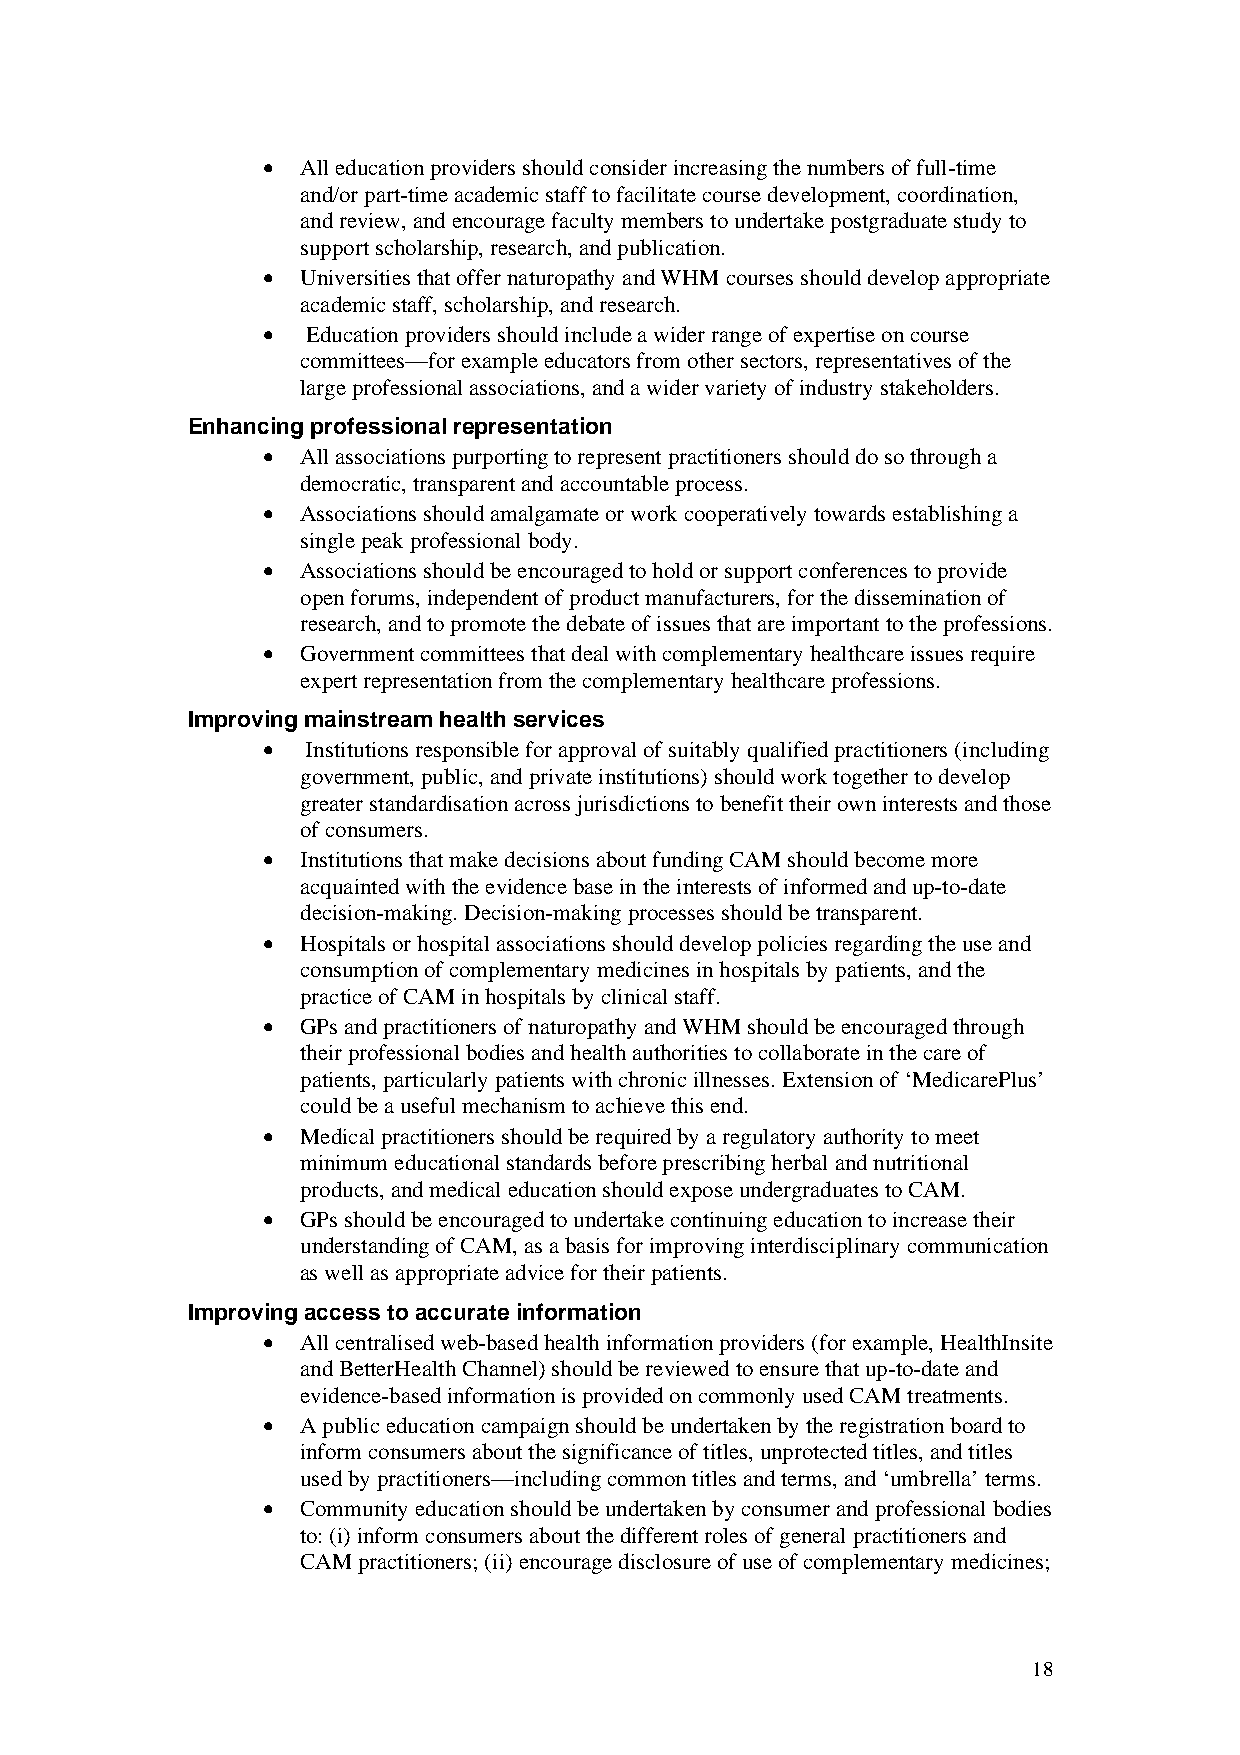
•  All education providers should consider increasing the numbers of full-time
 and/or part-time academic staff to facilitate course development, coordination,
 and review, and encourage faculty members to undertake postgraduate study to
 support scholarship, research, and publication.
 •  Universities that offer naturopathy and WHM courses should develop appropriate
 academic staff, scholarship, and research.
 •  Education providers should include a wider range of expertise on course
 committees—for example educators from other sectors, representatives of the
 large professional associations, and a wider variety of industry stakeholders.
 Enhancing professional representation
 •  All associations purporting to represent practitioners should do so through a
 democratic, transparent and accountable process.
 •  Associations should amalgamate or work cooperatively towards establishing a
 single peak professional body.
 •  Associations should be encouraged to hold or support conferences to provide
 open forums, independent of product manufacturers, for the dissemination of
 research, and to promote the debate of issues that are important to the professions.
 •  Government committees that deal with complementary healthcare issues require
 expert representation from the complementary healthcare professions.
 Improving mainstream health services
 •  Institutions responsible for approval of suitably qualified practitioners (including
 government, public, and private institutions) should work together to develop
 greater standardisation across jurisdictions to benefit their own interests and those
 of consumers.
 •  Institutions that make decisions about funding CAM should become more
 acquainted with the evidence base in the interests of informed and up-to-date
 decision-making. Decision-making processes should be transparent.
 •  Hospitals or hospital associations should develop policies regarding the use and
 consumption of complementary medicines in hospitals by patients, and the
 practice of CAM in hospitals by clinical staff.
 •  GPs and practitioners of naturopathy and WHM should be encouraged through
 their professional bodies and health authorities to collaborate in the care of
 patients, particularly patients with chronic illnesses. Extension of ‘MedicarePlus’
 could be a useful mechanism to achieve this end.
 •  Medical practitioners should be required by a regulatory authority to meet
 minimum educational standards before prescribing herbal and nutritional
 products, and medical education should expose undergraduates to CAM.
 •  GPs should be encouraged to undertake continuing education to increase their
 understanding of CAM, as a basis for improving interdisciplinary communication
 as well as appropriate advice for their patients.
 Improving access to accurate information
 •  All centralised web-based health information providers (for example, HealthInsite
 and BetterHealth Channel) should be reviewed to ensure that up-to-date and
 evidence-based information is provided on commonly used CAM treatments.
 •  A public education campaign should be undertaken by the registration board to
 inform consumers about the significance of titles, unprotected titles, and titles
 used by practitioners—including common titles and terms, and ‘umbrella’ terms.
 •  Community education should be undertaken by consumer and professional bodies
 to: (i) inform consumers about the different roles of general practitioners and
 CAM practitioners; (ii) encourage disclosure of use of complementary medicines;
 18